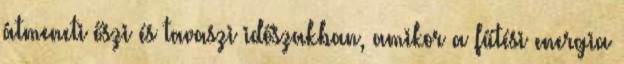
átmeneti őszi és tavaszi időszakban, amikor a fűtési energia